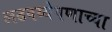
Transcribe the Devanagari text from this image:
लढवय्येपणाच्या